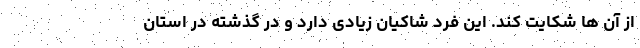
از آن ها شکایت کند. این فرد شاکیان زیادی دارد و در گذشته در استان